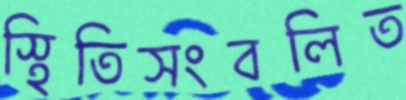
স্থিতিসংবলিত